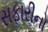
સફારીનો